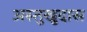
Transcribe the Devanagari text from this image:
अस्तुखुदास